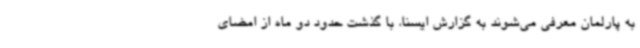
به پارلمان معرفی می‌شوند به گزارش ایسنا، با گذشت حدود دو ماه از امضای